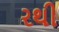
રથી